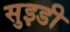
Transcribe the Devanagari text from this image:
सुइडी